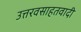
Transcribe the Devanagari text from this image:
उत्तरवसाहतवादी